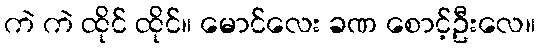
ကဲ ကဲ ထိုင် ထိုင်။ မောင်လေး ခဏ စောင့်ဦးလေ။